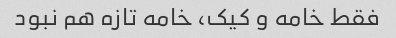
فقط خامه و کیک، خامه تازه هم نبود